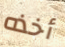
أخذه